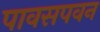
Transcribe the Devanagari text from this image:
पावसपवन